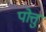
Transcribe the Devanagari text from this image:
पोत्तु